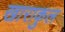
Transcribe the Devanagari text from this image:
खाराकुल